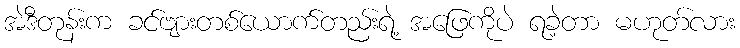
အဲဒီတုန်းက ခင်ဗျားတစ်ယောက်တည်းရဲ့ အဖြေကိုပဲ ရခဲ့တာ မဟုတ်လား